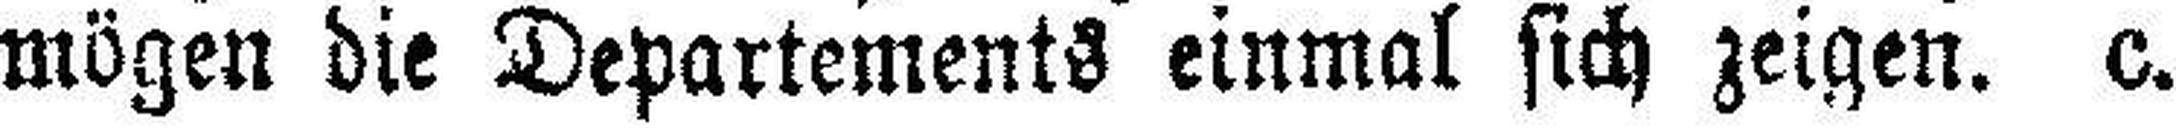
mögen die Departements einmal sich zeigen. c.